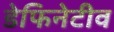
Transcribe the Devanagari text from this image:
डेफिनेटीव